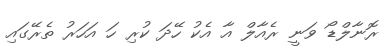
ރޮނާލްޑޯ ވަނީ ރެއާލް އާ އެކު ހޭދަ ކުރި ހަ އަހަރު ތެރޭގައި